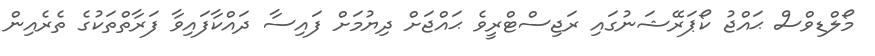
މޯލްޑިވްސް ޙައްޖު ކޯޕަރޭޝަނުގައި ރަޖިސްޓްރީވެ ޙައްޖަށް ދިޔުމަށް ފައިސާ ދައްކާފައިވާ ފަރާތްތަކުގެ ތެރެއިން